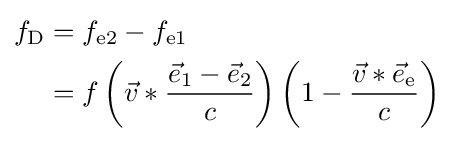
{\begin{aligned}f_{\text{D}}&=f_{\text{e2}}-f_{\text{e1}}\\&=f\left({\vec {v}}\ast {\frac {{\vec {e}}_{\text{1}}-{\vec {e}}_{\text{2}}}{c}}\right)\left(1-{\frac {{\vec {v}}\ast {\vec {e}}_{\text{e}}}{c}}\right)\end{aligned}}